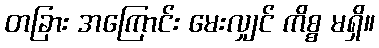
တခြား အကြောင်း မေးလျှင် ကိစ္စ မရှိ။